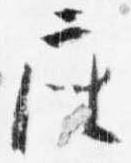
座